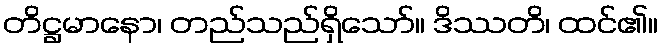
တိဋ္ဌမာနော၊ တည်သည်ရှိသော်။ ဒိဿတိ၊ ထင်၏။